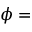
\phi =